65_HS1-834228961_62-HQ-83894_Section_5
Agency: FBI
Page 45
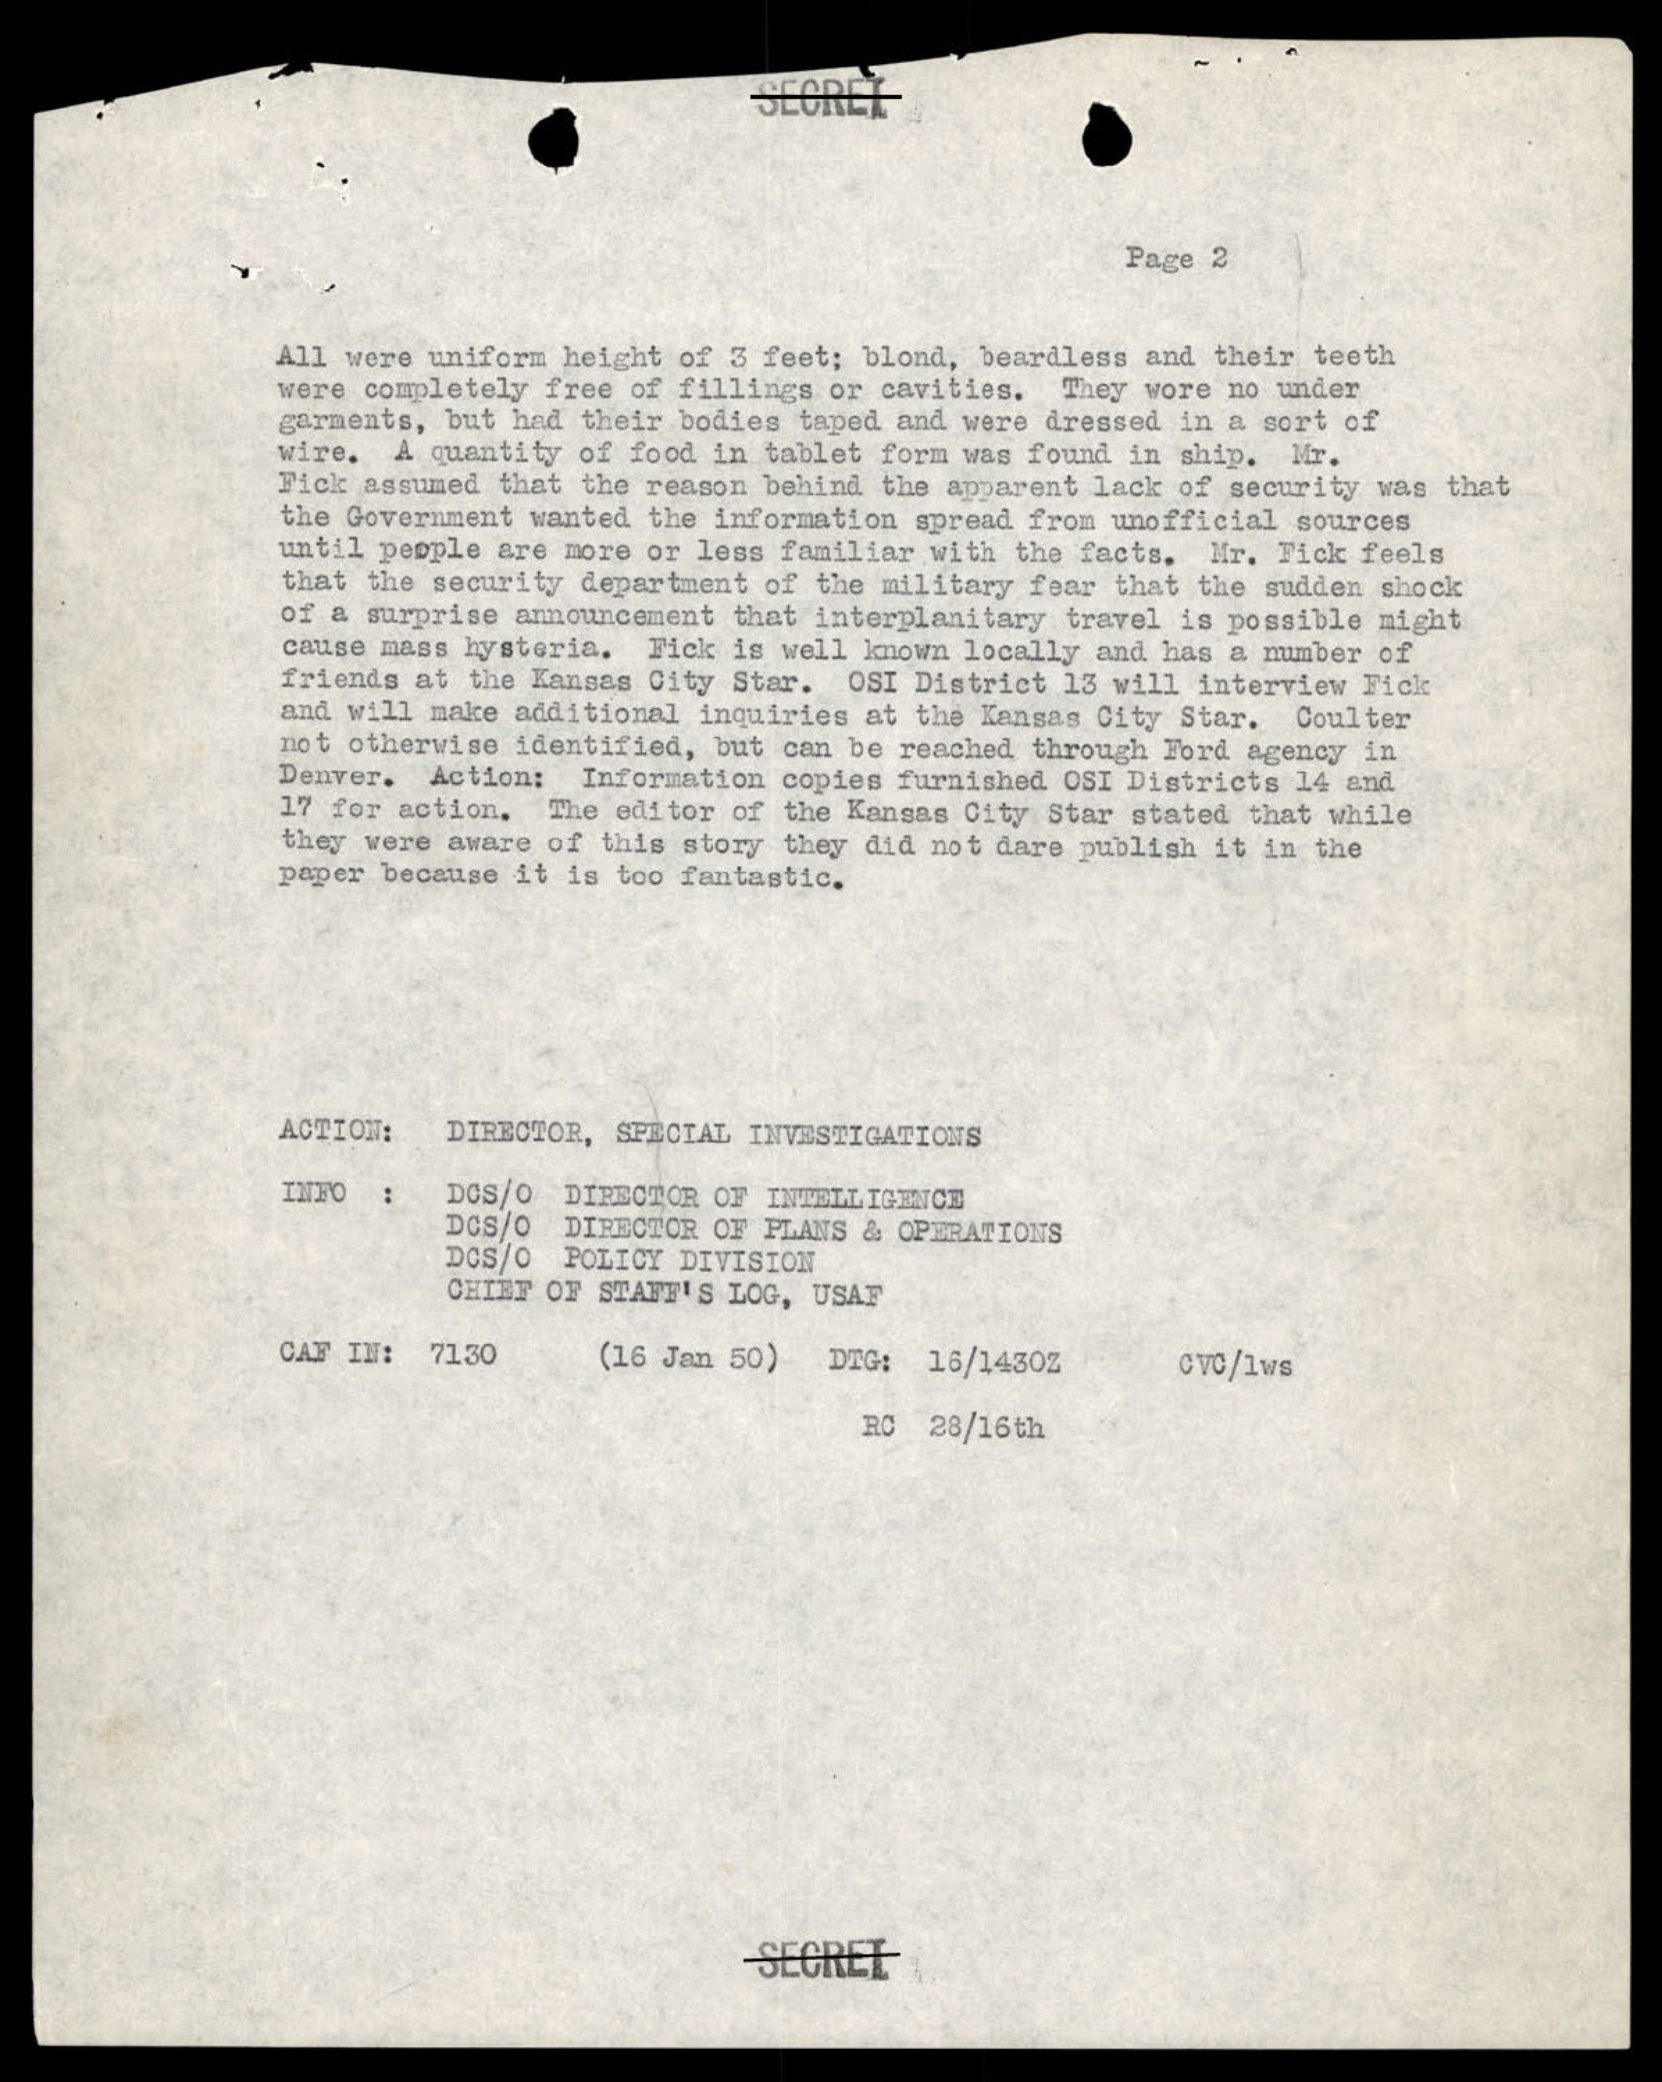